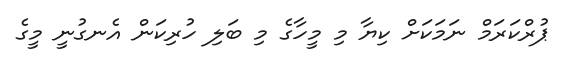
ޕުރްކަރަމް ނަމަކަށް ކިޔާ މި މީހާގެ މި ބަލި ހުރިކަން އެނގުނީ މީގެ